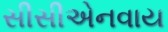
સીસીએનવાય